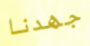
جهدنا